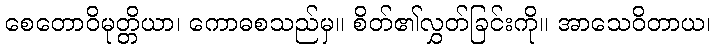
စေတောဝိမုတ္တိယာ၊ ကောဓစသည်မှ။ စိတ်၏လွှတ်ခြင်းကို။ အာသေဝိတာယ၊